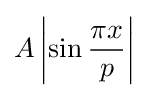
A\left|\sin {\frac {\pi x}{p}}\right|